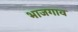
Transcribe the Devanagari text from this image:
भाजगाव